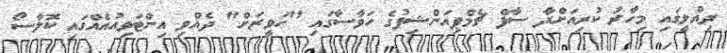
ދިއްލީގައި މިހާރު ކުރިއަށްދާ ސާފް ޗެމްޕިއަންޝިޕުގެ ހަވާސާގައި "ހަވީރަށް" ދެއްވި އިންޓަވިއުއެއްގައި ކޮލާސޯ